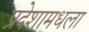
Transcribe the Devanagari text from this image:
प्रदेशामधला